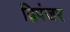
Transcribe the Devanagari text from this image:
द्विपंजर